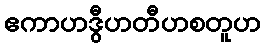
ဧကာဟဒွီဟတီဟစတူဟ